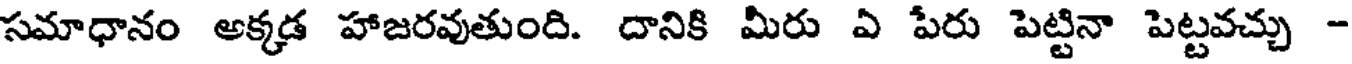
సమాధానం అక్కడ హాజరవుతుంది. దానికి మీరు ఏ పేరు పెట్టినా పెట్టవచ్చు -